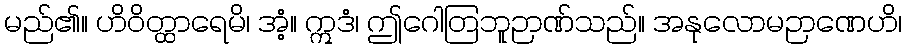
မည်၏။ ဟိဝိတ္ထာရေမိ၊ အံ့။ ဣဒံ၊ ဤဂေါတြဘူဉာဏ်သည်။ အနုလောမဉာဏေဟိ၊